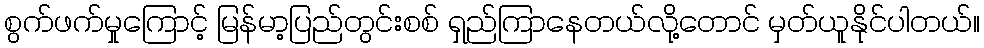
စွက်ဖက်မှုကြောင့် မြန်မာ့ပြည်တွင်းစစ် ရှည်ကြာနေတယ်လို့တောင် မှတ်ယူနိုင်ပါတယ်။